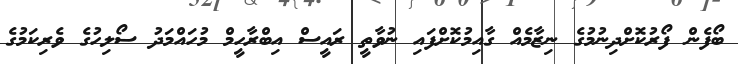
ބޯފެން ފޯރުކޮށްދިނުމުގެ ނިޒާމެއް ގާއިމުކޮށްފައި ނުވާތީ ރައީސް އިބްރާހީމް މުހައްމަދު ސޯލިހުގެ ވެރިކަމުގެ